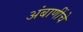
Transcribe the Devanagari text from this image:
अंबाणींचे